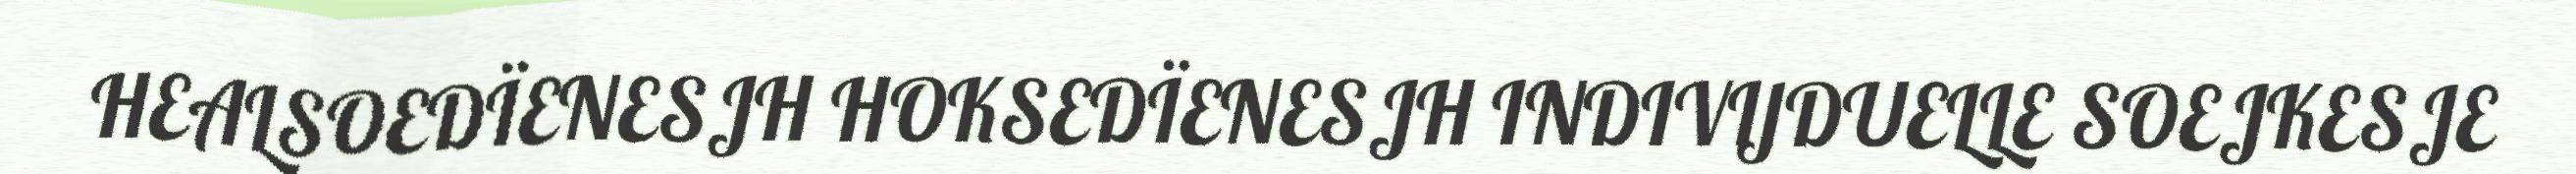
HEALSOEDÏENESJH HOKSEDÏENESJH INDIVIJDUELLE SOEJKESJE